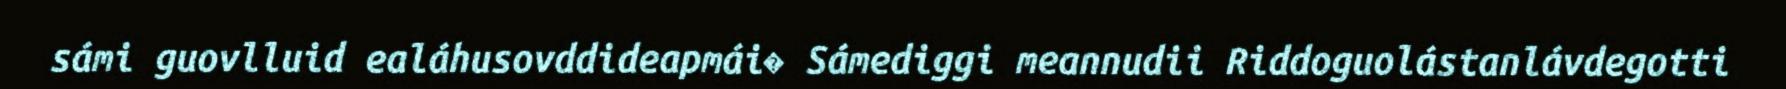
sámi guovlluid ealáhusovddideapmái� Sámediggi meannudii Riddoguolástanlávdegotti